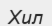
Хил